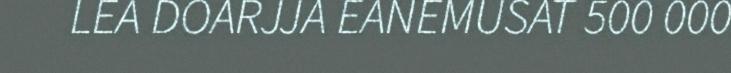
LEA DOARJJA EANEMUSAT 500 000